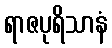
ရာဇပုရိသာနံ